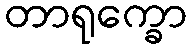
တာရုက္ခော